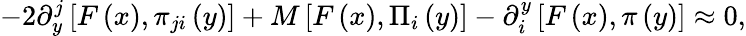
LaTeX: -2\partial_{y}^{j}\left[F\left(x\right),\pi_{ji}\left(y\right)\right]+M\left[F\left(x\right),\Pi_{i}\left(y\right)\right]-\partial_{i}^{y}\left[F\left(x\right),\pi\left(y\right)\right]\approx 0,